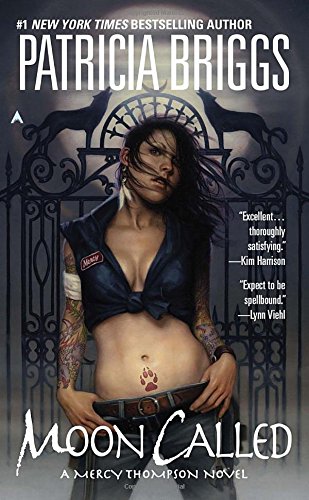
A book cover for Moon Called (Mercy Thompson, Book 1); Patricia Briggs; Romance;